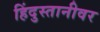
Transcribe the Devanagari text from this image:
हिंदुस्तानीवर